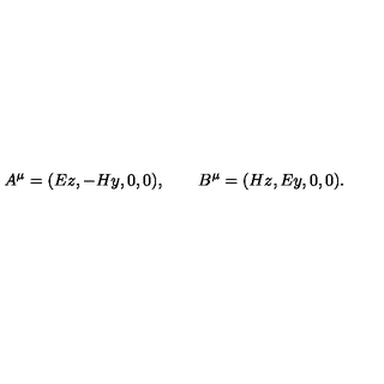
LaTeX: A ^ { \mu } = ( E z , - H y , 0 , 0 ) , \qquad B ^ { \mu } = ( H z , E y , 0 , 0 ) .